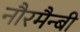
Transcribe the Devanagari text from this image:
नौरमैन्बी